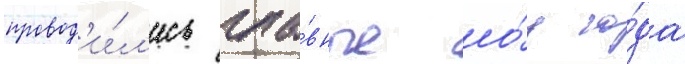
провод'и́л'ись гла́вные шо́у го́да